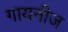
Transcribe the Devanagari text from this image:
गायनीज